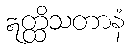
ဣတ္ထိသတာနံ